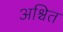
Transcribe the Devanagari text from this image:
अश्चित